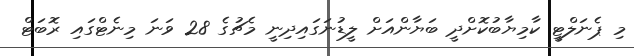
މި ޕެނަލްޓީ ކާމިޔާބުކޮށްދީ ބަޔާންއަށް ލީޑުނަގައިދިނީ މެޗުގެ 28 ވަނަ މިނެޓްގައި ރޮބަޓް